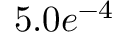
5 . 0 e ^ { - 4 }